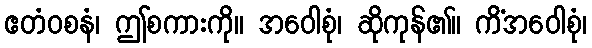
ဧတံဝစနံ၊ ဤစကားကို။ အဝေါစုံ၊ ဆိုကုန်၏။ ကိံအဝေါစုံ၊